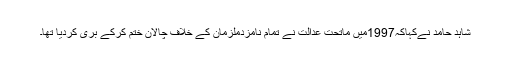
شاہد حامد نےکہاکہ1997میں ماتحت عدالت نے تمام نامزدملزمان کے خلاف چالان ختم کرکے بری کردیا تھا۔